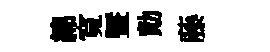
綿寬暨勣藤